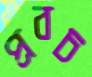
প্রবচ